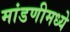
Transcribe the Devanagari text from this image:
मांडणीमध्‍ये